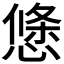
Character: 𭞝